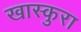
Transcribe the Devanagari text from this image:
खास्कुरा